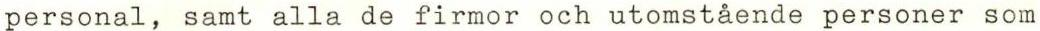
personal, samt alla de firmor och utomstående personer som